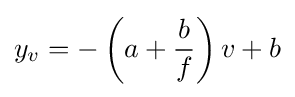
y_{v}=-\left(a+{\frac {b}{f}}\right)v+b